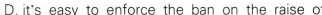
D.it's easy to enforce the ban on the raise of